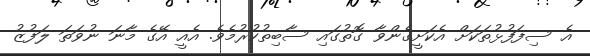
އެ ސިފަފުޅުތަކަށް އެކަށީގެންވާ ގޮތުގައި ސާބިތުކުރުމެވެ. އެއީ އޭގެ މާނަ ނުވަތަ ލަފުޒު